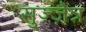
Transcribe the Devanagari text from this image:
सुज़्ज़ेन्न